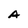
Character: A